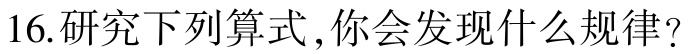
16.研究下列算式 ,你会发现什么规律?